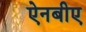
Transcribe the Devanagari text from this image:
ऐनबीए